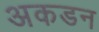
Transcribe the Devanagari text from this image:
अकडन